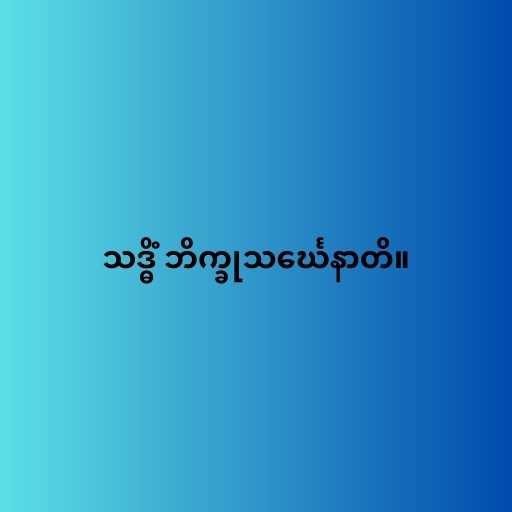
သဒ္ဓိံ ဘိက္ခုသင်္ဃေနာတိ။